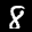
Label: 8